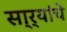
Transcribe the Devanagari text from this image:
सा्र्‍यांचे